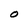
Character: O